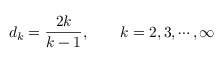
d _ { k } = \frac { 2 k } { k - 1 } , \qquad k = 2 , 3 , \cdots , \infty